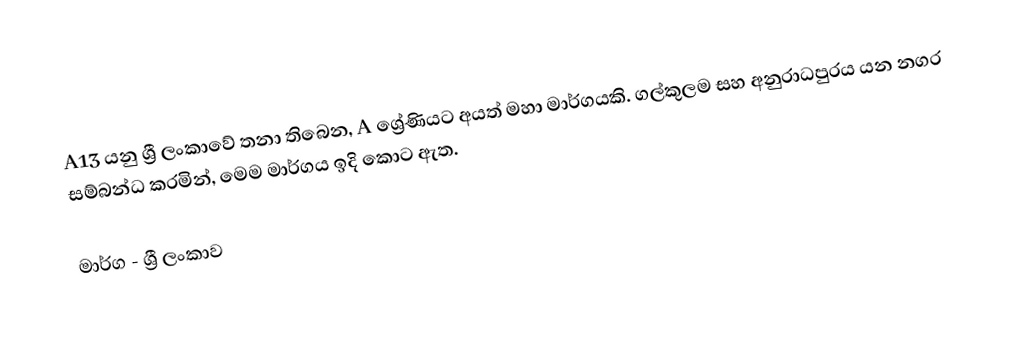
A13 යනු ශ්‍රී ලංකාවේ තනා තිබෙන, A ශ්‍රේණියට අයත් මහා මාර්ගයකි. ගල්කුලම සහ අනුරාධපුරය යන නගර සම්බන්ධ කරමින්, මෙම මාර්ගය ඉදි කොට ඇත.

මාර්ග - ශ්‍රී ලංකාව